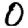
Digit: 0